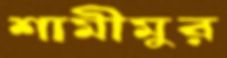
শামীমুর